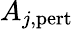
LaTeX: A_{j,\mathrm{pert}}